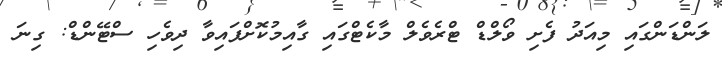
ލަންޑަންގައި މިއަދު ފެށި ވޯލްޑް ޓްރެވެލް މާކެޓްގައި ގާއިމުކޮށްފައިވާ ދިވެހި ސްޓޭންޑް: ގިނަ